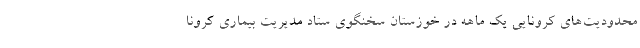
محدودیت‌های کرونایی یک ماهه در خوزستان سخنگوی ستاد مدیریت بیماری کرونا